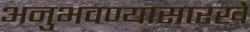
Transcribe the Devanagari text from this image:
अनुभवण्यासारखे